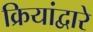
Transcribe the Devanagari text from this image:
क्रियांद्वारे